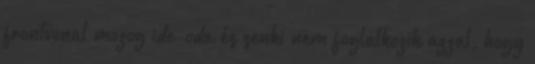
frontvonal mozog ide-oda és senki nem foglalkozik azzal, hogy